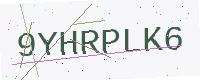
Text: 9YHRPLK6